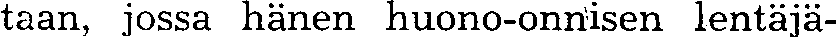
taan, jossa hänen huono-onnisen lentäjä-